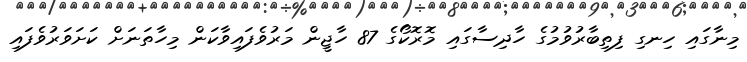
މިނާގައި ހިނގި ފިތިބާރުވުމުގެ ހާދިސާގައި މޮރޮކޯގެ 87 ހާޖީން މަރުވެފައިވާކަން މިހާތަނަށް ކަށަވަރުވެފައި